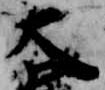
大